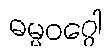
ဓမ္မဝဂ္ဂေါ